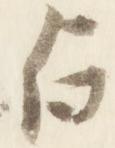
占